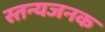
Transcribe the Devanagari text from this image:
स्तन्यजनक